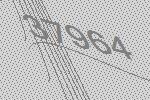
37964